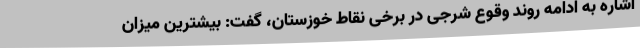
اشاره به ادامه روند وقوع شرجی در برخی نقاط خوزستان، گفت: بیشترین میزان